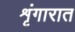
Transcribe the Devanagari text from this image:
शृंगारात